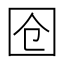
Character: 𭍜